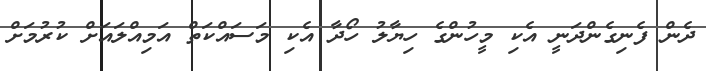
ދެން ފެނިގެންދަނީ އެކި މީހުންގެ ހިޔާލުު ހޯދާ އެކި މަސައްކަތް އަމިއްލައަށް ކުރުމަށް